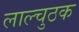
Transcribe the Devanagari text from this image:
लाल्चुठक